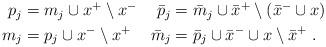
LaTeX: \begin{align*} \begin{aligned} p_j & = m_j \cup x^+ \setminus x^- & {\bar p_j} &= {\bar m_j} \cup {\bar x}^+ \setminus ({\bar x}^- \cup x) \\m_j & = p_j \cup x^- \setminus x^+ & \bar m_j & = \bar p_j \cup {\bar x}^- \cup x \setminus {\bar x}^+\rlap{ .} \end{aligned}\end{align*}